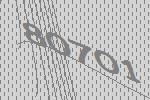
80701